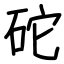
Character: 砣